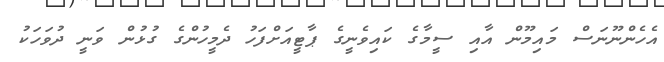
އެހެންނޫނަސް މައިމޫން އާއި ސީމާގެ ކައިވެނީގެ ޕާޓީއަށްފަހު ދެމީހުންގެ ގުޅުން ވަނީ ދުވަހަކު